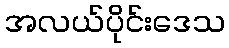
အလယ်ပိုင်းဒေသ